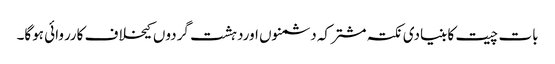
بات چیت کا بنیادی نکتہ مشترکہ دشمنوں اوردہشت گردوں کیخلاف کارروائی ہوگا۔